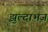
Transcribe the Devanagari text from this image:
झुल्दाभज